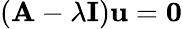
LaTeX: (\mathbf{A}-\lambda\mathbf{I})\mathbf{u}=\mathbf{0}